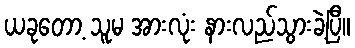
ယခုတော့ သူမ အားလုံး နားလည်သွားခဲ့ပြီ။